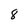
Character: 8